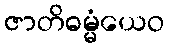
ဇာတိဓမ္မံယေဝ